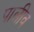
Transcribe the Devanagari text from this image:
पालीव